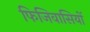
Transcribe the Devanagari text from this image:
फिजिवासियों